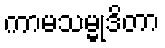
ကာမသမ္မုဒိတာ